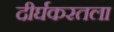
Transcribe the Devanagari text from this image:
दीर्घकरतला